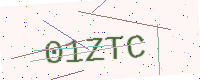
Text: 01ZTC